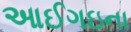
આઈગઇના